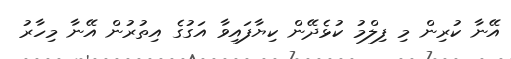
އޭނާ ކުރިން މި ފިލްމު ކުޅެދޭން ކިޔާފައިވާ އަގުގެ އިތުރުން އޭނާ މިހާރު